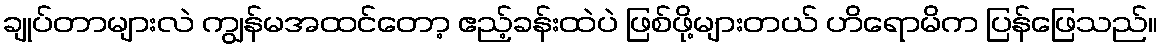
ချုပ်တာများလဲ ကျွန်မအထင်တော့ ဧည့်ခန်းထဲပဲ ဖြစ်ဖို့များတယ် ဟိရောမိက ပြန်ဖြေသည်။